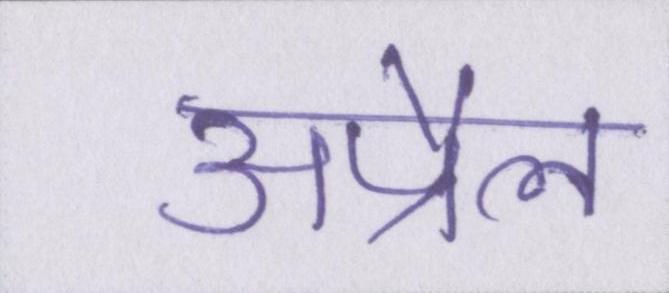
अप्रैल